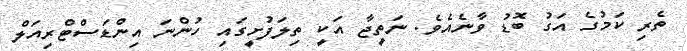
ތެރި ކަމުގެ އަގު ބޮޑު ވާނެއެވެ. ނަތީޖާ އަކީ ތިލަފުށީގައި ހުންނަ އިންޑަސްޓްރިއަލް